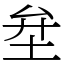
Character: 𡊅